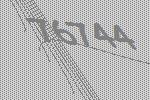
76744